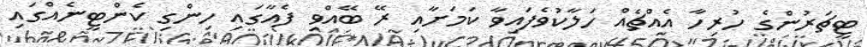
ޓީޗަރުންގެ ހުރިހާ އެއްޗެއް ހަލާކުވެފައިވާ ކަމަށާއި ރޭ ބޭއްވި ފެއާގައި ހިންގި ކެންޓީނެއްގައި